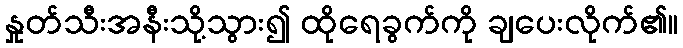
နှုတ်သီးအနီးသို့သွား၍ ထိုရေခွက်ကို ချပေးလိုက်၏။